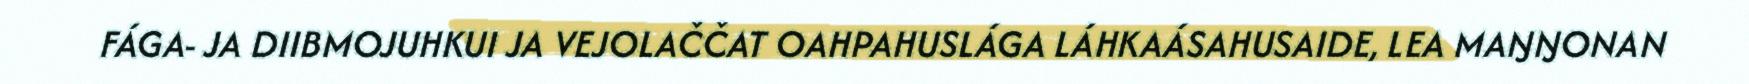
FÁGA- JA DIIBMOJUHKUI JA VEJOLAČČAT OAHPAHUSLÁGA LÁHKAÁSAHUSAIDE, LEA MAŊŊONAN